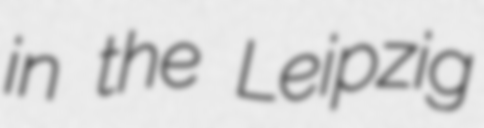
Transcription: in the Leipzig